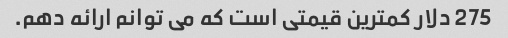
275 دلار کمترین قیمتی است که می توانم ارائه دهم.